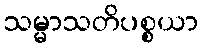
သမ္မာသတိပစ္စယာ